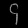
Digit: ၄